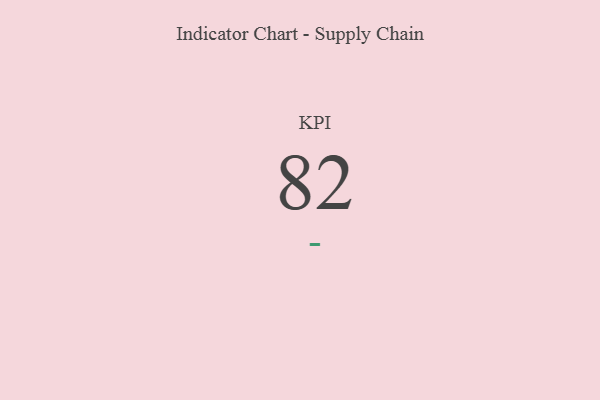
{"axis": {"x": "KPI", "y": "Value"}, "legend": [""], "data": [{"x": "KPI", "y": 82, "type": ""}]}